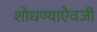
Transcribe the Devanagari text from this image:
शोधण्याऐवजी